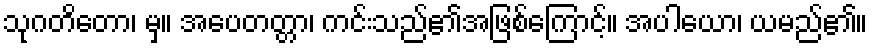
သုဂတိတော၊ မှ။ အပေတတ္တာ၊ ကင်းသည်၏အဖြစ်ကြောင့်။ အပါယော၊ ယမည်၏။